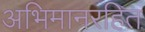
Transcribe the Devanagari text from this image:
अभिमानरहित